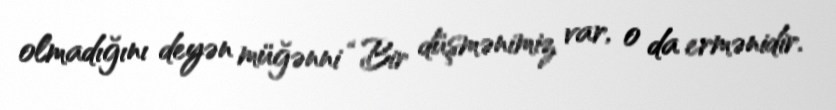
olmadığını deyən müğənni “Bir düşmənimiz var, o da ermənidir.